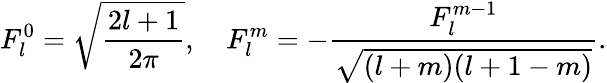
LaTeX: F_{l}^{0}=\sqrt{\frac{2l+1}{2\pi}},\quad F_{l}^{m}=-\frac{F_{l}^{m-1}}{\sqrt{(l+m)(l+1-m)}}.